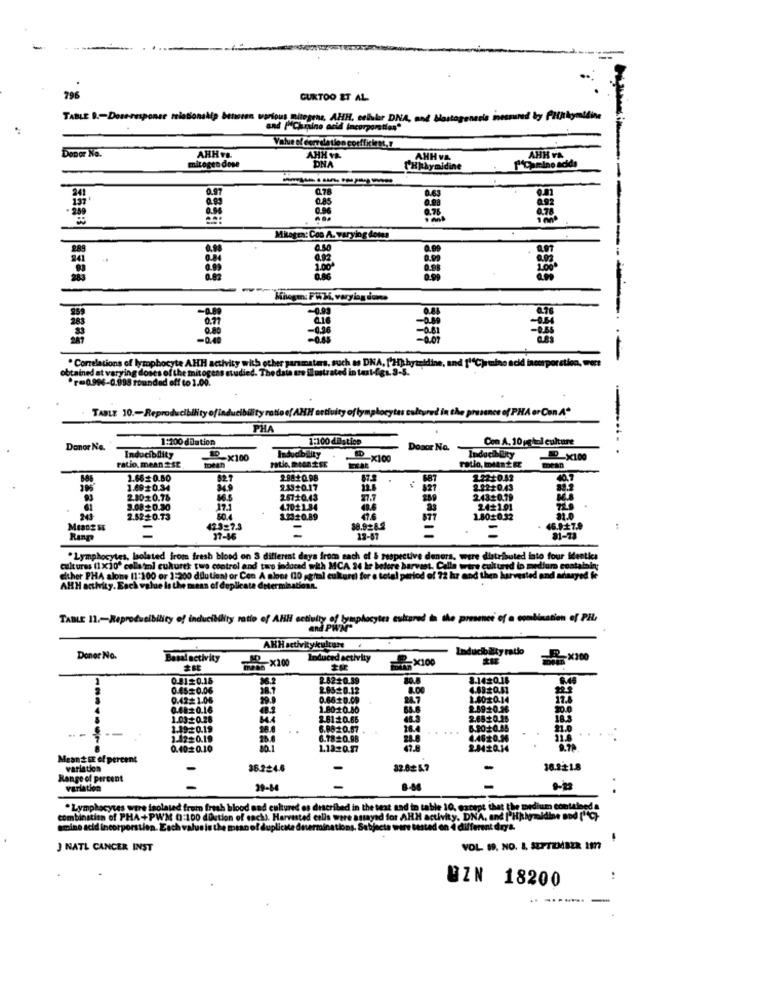
796
CURTOO ET AL.
TABLE D .- Doseresponse relationship beheren various mitegens, AHH, celular DNA, and Mastogeneris inessund by Přijthymidine
and ["Chumino acid incorporation"
Dopor No.
Value of correlation coefficient,s
AHH vs.
AHH VA.
AHH VA
AHH VA
mitogen dose
DNA
PHkhymidine
0.78
8.96
Mitogen: Coo A. varying dotes
289
. Correlations of lymphocyte AHH activity with ou
s. auch
obtained at varying doses of the mitogens etu
r=0.996-0.990 roundad off to 1.00.
TABLE 10 .- Reproducibility ofinducibility ratio of AHH activity of lymphocytes cultured in the presence of PHA or Con A"
PHA
1:200 diation
1:100 dastice
Con A. 10 gghal culture
Donor Ne.
Dosor No.
Inducibility
19-x100
ERAR
-X100
mean
D_X100
ratio, mean 2St
toean
ratio, miAn 2 &
2.66 0.80
827
2.88+0.98
67.5
68
2.22:10.42
40.7
1.490.34
34.9
2.33+0.17
2.2220.43
93
2.80#0.78
56.5
26710.43
27.7
24320.79
3.0820.30
4.7021.84
2421.01
2.5220.33
3.2020.89
476
1.80+0.32
31.0
-
423=7.3
=
-
46.9:27.9
37-46
12-87
81-73
culturas (1 x10' colla'mi cukurek two control and two indocad with MCA 24 kr before harvest. Calle were cultured b =
.Lymphocytes, Isolated from fresh blood on S different days from each of & respective donors, were distributed into four identica
wire cult
medium cost
either PHA alone (1:100 or 1:200 dilutioni or Con A alone 00 (gital culturel for o total period of 72 hr and then harvested and adaayed
AHH activity. Each value is the mean of duplicate determinationn.
TABLE 11 .- Reproducibility of inducibility ratio of Alili cctiuity of lymphocytes cultured in the presence of a combination of PH.
AHHactivitykulture
Lnducibility ratio
Donor No.
Basal activity
Induced activity
-X100
TOIT X200
=X100
0.8120.16
2-6220.39
80.8
8.1420.16
0.4520.06
18.7
2.0520.12
0.42# 1.06
29.8
0.6820.09
24.7
1402014
17.2
0.6810.16
1.80:10.80
1.030.28
8.6120.66
48.3
1.1920.19
6.8820.57
28.4
21.0
1.42=0.19
6.78#0.98
0.4020.10
10.1
1.1320.17
2.8420.14
9.79
Mean& GE of percent
variation
36.224.6
-
82.82 5.7
-
16.221.8
Range of percent
variation
29-8
-
. Lymphocytes ware isolated from fresh blood and cultured es described in the text sad in table 10, except that the medium contained
combination of PHA+PWM 0:100 dDction of en
d cells were astayed for AHH activity. DNA, and I Hjahrmidine Bod ( C)
amino acid incorporation. Each valueis the
ons, Subjecta wire tested on 4 different dry&.
J NATL CANCER INST
VOL 99. NO. L, SEPTEMBER 19
QZN 18200
-